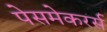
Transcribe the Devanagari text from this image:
पेसमेकरर्स